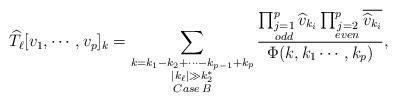
LaTeX: \begin{align*} \widehat{T_\ell}[v_1,\cdots, v_p]_k = \sum_{\substack{k=k_1-k_2+\cdots-k_{p-1} +k_p\\|k_\ell|\gg k_2^*\\ Case\, B}}\frac{\prod_{\substack{j=1\\odd}}^{p}\widehat{v}_{k_i}\prod_{\substack{j=2\\even}}^p\overline{\widehat{v}_{k_i}}}{\Phi(k, k_1\cdots, k_p)},\end{align*}